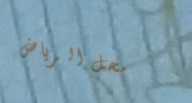
محل الرياض